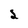
Character: 2